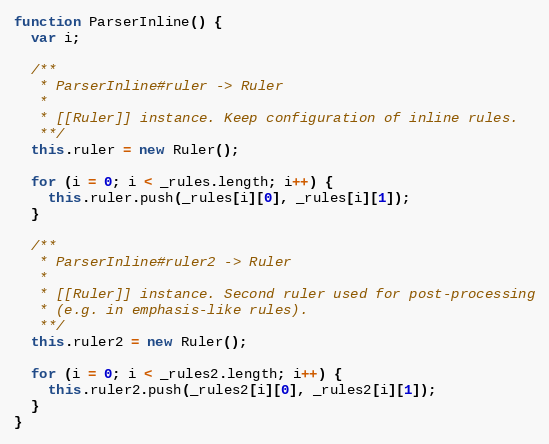
Language: JavaScript
function ParserInline() {
  var i;

  /**
   * ParserInline#ruler -> Ruler
   *
   * [[Ruler]] instance. Keep configuration of inline rules.
   **/
  this.ruler = new Ruler();

  for (i = 0; i < _rules.length; i++) {
    this.ruler.push(_rules[i][0], _rules[i][1]);
  }

  /**
   * ParserInline#ruler2 -> Ruler
   *
   * [[Ruler]] instance. Second ruler used for post-processing
   * (e.g. in emphasis-like rules).
   **/
  this.ruler2 = new Ruler();

  for (i = 0; i < _rules2.length; i++) {
    this.ruler2.push(_rules2[i][0], _rules2[i][1]);
  }
}